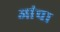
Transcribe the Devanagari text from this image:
आंचा